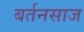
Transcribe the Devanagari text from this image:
बर्तनसाज